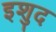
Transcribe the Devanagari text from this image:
इशुद